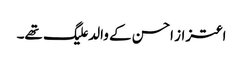
اعتزاز احسن کے والد علیگ تھے۔